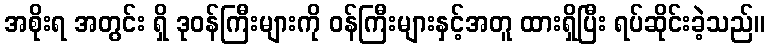
အစိုးရ အတွင်း ရှိ ဒုဝန်ကြီးများကို ဝန်ကြီးများနှင့်အတူ ထားရှိပြီး ရပ်ဆိုင်းခဲ့သည်။